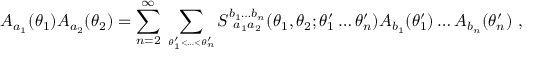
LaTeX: A _ { a _ { 1 } } ( \theta _ { 1 } ) A _ { a _ { 2 } } ( \theta _ { 2 } ) = \sum _ { n = 2 } ^ { \infty } \, \sum _ { \theta _ { 1 } ^ { \prime } { < } \dots { < } \theta _ { n } ^ { \prime } \atop { } } \! S _ { ~ a _ { 1 } a _ { 2 } } ^ { b _ { 1 } \dots b _ { n } } ( \theta _ { 1 } , \theta _ { 2 } ; \theta _ { 1 } ^ { \prime } \dots \theta _ { n } ^ { \prime } ) A _ { b _ { 1 } } ( \theta _ { 1 } ^ { \prime } ) \dots A _ { b _ { n } } ( \theta _ { n } ^ { \prime } ) ~ ,